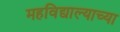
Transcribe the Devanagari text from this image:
महविद्याल्याच्या